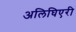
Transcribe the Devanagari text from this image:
अलिघिएरी